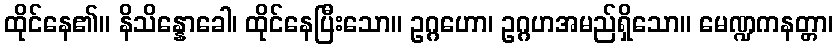
ထိုင်နေ၏။ နိသိန္နောခေါ၊ ထိုင်နေပြီးသော။ ဥဂ္ဂဟော၊ ဥဂ္ဂဟအမည်ရှိသော။ မေဏ္ဍကနတ္တာ၊